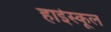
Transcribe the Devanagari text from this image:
हार्इस्कूल